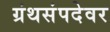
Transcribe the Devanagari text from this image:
ग्रंथसंपदेवर